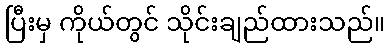
ပြီးမှ ကိုယ်တွင် သိုင်းချည်ထားသည်။